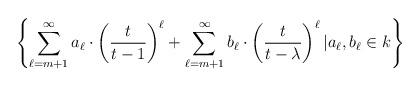
LaTeX: \begin{align*}\left\{\sum\limits_{\ell=m+1}^{\infty} a_{\ell}\cdot\left(\frac{t}{t-1}\right)^\ell+\sum\limits_{\ell=m+1}^{\infty}b_{\ell}\cdot \left(\frac{t}{t-\lambda}\right)^\ell | a_{\ell},b_{\ell} \in k\right\}\end{align*}